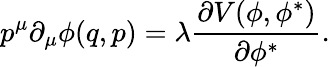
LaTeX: p^{\mu}\partial_{\mu}\phi(q,p)=\lambda\frac{\partial V(\phi,\phi^{\ast})}{\partial\phi^{\ast}}.